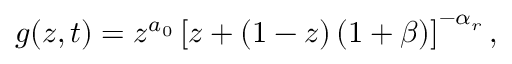
g ( z , t ) = z ^ { a _ { 0 } } \left[ z + ( 1 - z ) \left( 1 + \beta \right) \right] ^ { - \alpha _ { r } } ,